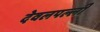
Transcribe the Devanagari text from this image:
देवलपल्ली